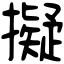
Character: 擬